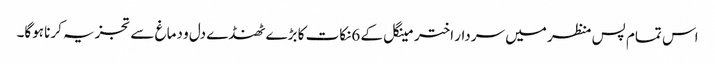
اس تمام پس منظر میں سردار اختر مینگل کے 6نکات کا بڑے ٹھنڈے دل و دماغ سے تجزیہ کرنا ہوگا۔